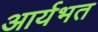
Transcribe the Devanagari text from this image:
आर्यभत